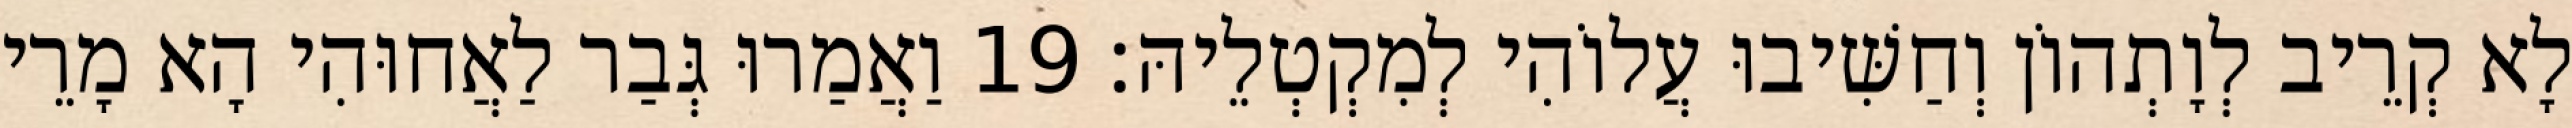
לָא קְרֵיב לְוָתְהוֹן וְחַשִּׁיבוּ עֲלוֹהִי לְמִקְטְלֵיהּ׃ 19 וַאֲמַרוּ גְּבַר לַאֲחוּהִי הָא מָרֵי